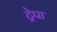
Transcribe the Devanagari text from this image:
ट्रेपा